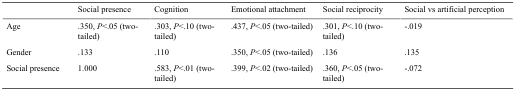
<table><thead><tr><td>[EMPTY_CELL]</td><td><b>Social presence</b></td><td><b>Cognition</b></td><td><b>Emotional attachment</b></td><td><b>Social reciprocity</b></td><td><b>Social vs artificial perception</b></td></tr></thead><tbody><tr><td>Age</td><td>.350, <i>P</i>&lt;.05 (two-tailed)</td><td>.303, <i>P</i>&lt;.10 (two-tailed)</td><td>.437, <i>P</i>&lt;.05 (two-tailed)</td><td>.301, <i>P</i>&lt;.10 (two-tailed)</td><td>-.019</td></tr><tr><td>Gender</td><td>.133</td><td>.110</td><td>.350, <i>P</i>&lt;.05 (two-tailed)</td><td>.136</td><td>.135</td></tr><tr><td>Social presence</td><td>1.000</td><td>.583, <i>P</i>&lt;.01 (two-tailed)</td><td>.399, <i>P</i>&lt;.02 (two-tailed)</td><td>.360, <i>P</i>&lt;.05 (two-tailed)</td><td>-.072</td></tr></tbody></table>